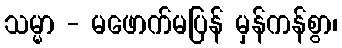
သမ္မာ - မဖောက်မပြန် မှန်ကန်စွာ၊